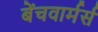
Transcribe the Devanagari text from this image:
बेंचवार्मर्स